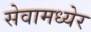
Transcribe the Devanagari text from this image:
सेवामध्येर